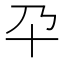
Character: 𰅮